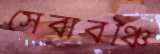
সেবাবঞ্চি